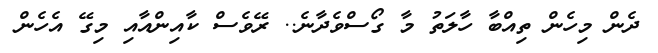
ދެން މިހެން ތިއްބާ ހާލަތު މާ ގޯސްވެދާނެ.. ރޭވެސް ކާއިންއާއި މިގޭ އެހެން